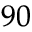
^ { 9 0 }